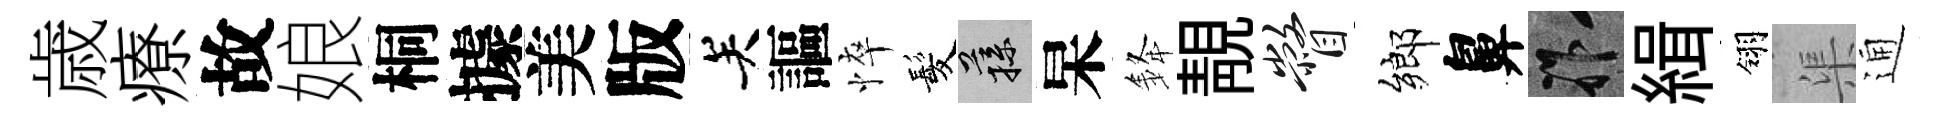
歳療故娘桐據美版关謳悴髪蓀杲𨦟靚瞥鄉鼻祚緝翎渠通